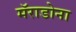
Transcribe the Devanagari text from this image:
मॅराडोना